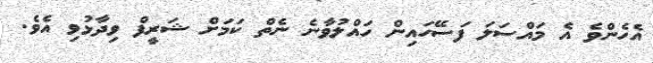
އެހެންވެ އެ މައްސަލަ ފަސޭހައިން ހައްލުވާނެ ނެތް ކަމަށް ޝަރީފް ވިދާޅުވި އެވެ.